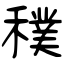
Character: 穙